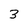
Character: 3